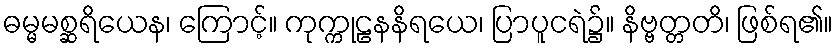
ဓမ္မမစ္ဆရိယေန၊ ကြောင့်။ ကုက္ကုဠနနိရယေ၊ ပြာပူငရဲ၌။ နိဗ္ဗတ္တတိ၊ ဖြစ်ရ၏။